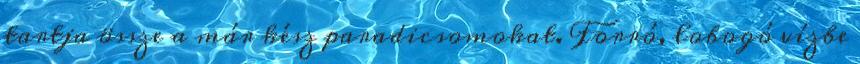
tartja össze a már kész paradicsomokat. Forró, lobogó vízbe